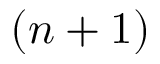
( n + 1 )